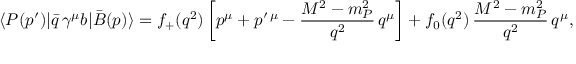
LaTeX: \langle P ( p ^ { \prime } ) | \bar { q } \, \gamma ^ { \mu } b | \bar { B } ( p ) \rangle = f _ { + } ( q ^ { 2 } ) \left[ p ^ { \mu } + p ^ { \prime \, \mu } - \frac { M ^ { 2 } - m _ { P } ^ { 2 } } { q ^ { 2 } } \, q ^ { \mu } \right] + f _ { 0 } ( q ^ { 2 } ) \, \frac { M ^ { 2 } - m _ { P } ^ { 2 } } { q ^ { 2 } } \, q ^ { \mu } ,